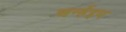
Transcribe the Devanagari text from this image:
अर्न्हेइम